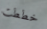
خططت